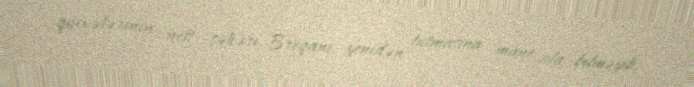
qüvvələrinin neft şəhəri Breqanı yenidən tutmasına mane ola bilməyib.